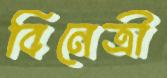
বিনেত্রী